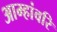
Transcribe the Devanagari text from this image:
आम्हांवरि